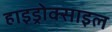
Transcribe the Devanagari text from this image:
हाइड्रोक्साइल